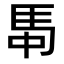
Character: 𮩸